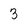
Character: 3